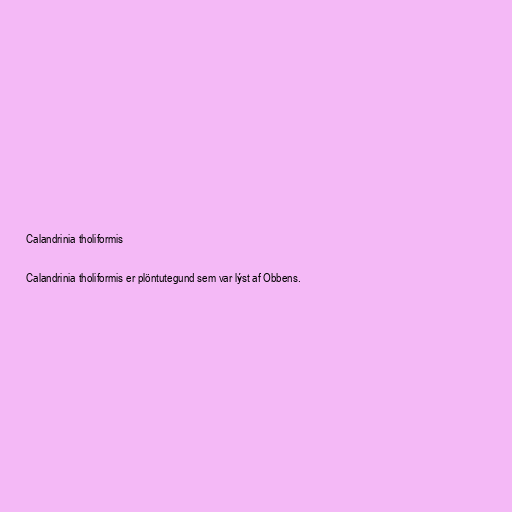
Calandrinia tholiformis

Calandrinia tholiformis er plöntutegund sem var lýst af Obbens.